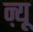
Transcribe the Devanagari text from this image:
ऩ्यू